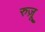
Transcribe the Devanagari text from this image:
रुज़ू